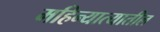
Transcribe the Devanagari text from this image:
महिन्यात्यातील